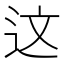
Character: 这